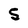
Character: 5